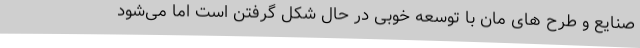
صنایع و طرح های مان با توسعه خوبی در حال شکل گرفتن است اما می‌شود